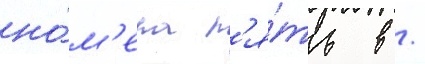
но́м'ера п'я́ть в /